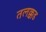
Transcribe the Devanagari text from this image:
तलक्कड